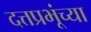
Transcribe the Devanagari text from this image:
दत्तप्रभूंच्या